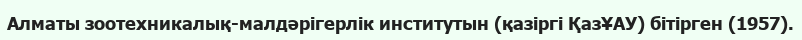
Алматы зоотехникалық-малдәрігерлік институтын (қазіргі ҚазҰАУ) бітірген (1957).